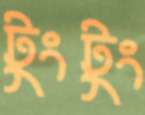
টুংটুং